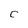
Character: C